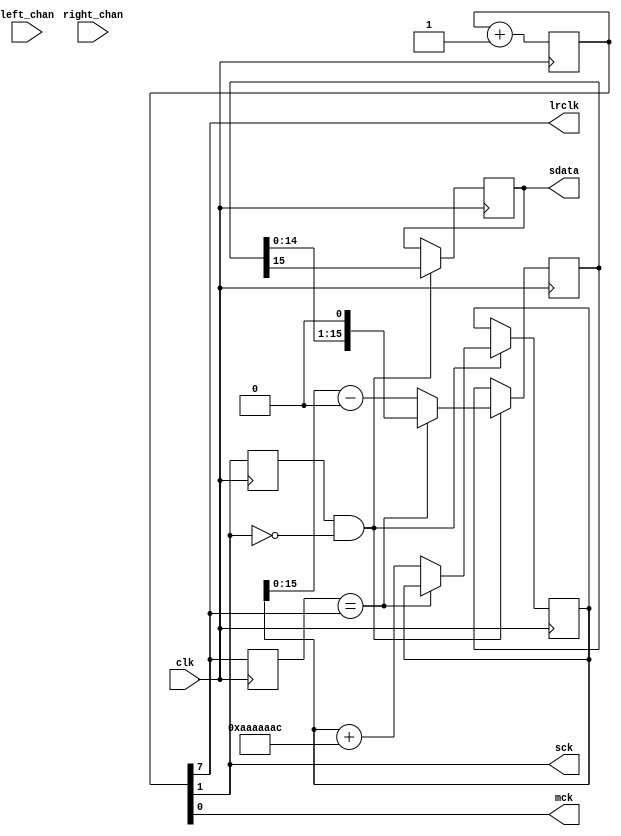
module i2s_tx #(parameter DATA_WIDTH = 16
				) (clk, left_chan, right_chan, sdata, lrclk, mck, sck);

input wire clk; //general clock of project (top level) 50 MHz

input wire [DATA_WIDTH-1:0] left_chan;
input wire [DATA_WIDTH-1:0] right_chan;
output reg sdata; initial sdata <= 1'b0;

//output reg mck; initial mck <= 1'b0; 
output wire mck, sck, lrclk;
reg [9:0]  mck_div; initial mck_div<=10'd0;
/*    50 
  - 
 0 - 25.000.000
 1 - 12.500.000
 2 -  6.250.000
 3 -  3.125.000
 4 -  1.562.500
 5 -    781.250
 6 -    390.625
 7 -    195.312.5
 8 -     97.656.25
 9 -     48.828.125

*/


parameter LR_BIT = 7; // 9 for 48 khz; 7 for 195 khz
parameter SCK_BIT = LR_BIT - 6; // lr*64
parameter MCK_BIT = 0;


assign mck   = mck_div[MCK_BIT];
assign lrclk = mck_div[LR_BIT];
assign sck   = mck_div[SCK_BIT];

reg lrclk_prev; initial lrclk_prev <= 1'b1;
wire lrclk_change = ~(lrclk_prev == lrclk);
reg [DATA_WIDTH-1:0] ch_data; initial ch_data <= {DATA_WIDTH{1'b0}};
reg sck_prev; initial sck_prev <= 1'b0;
wire sck_neg = (sck_prev==1'b1 && sck==1'b0);

reg [31:0] fake_data; initial fake_data <= 32'd0;
wire [31:0] sgnd_data = fake_data - 32'b10000000000000000000000000000000;//saw
//wire [31:0] sgnd_data = (fake_data[31]) ? 32'h00000000 - 32'b10000000000000000000000000000000 : 32'hffffffff - 32'b10000000000000000000000000000000;

always @(posedge clk) begin
	mck_div <= mck_div + 1'b1;
	lrclk_prev <= lrclk;
	sck_prev <= sck;
	
	if (sck_neg) begin
		if (lrclk_change) begin
			//ch_data <= (lrclk) ? left_chan : right_chan;
			ch_data <= sgnd_data;
			//fake_data <= fake_data + 32'd44739243; //195 khz -> 4000 hz
			//fake_data <= fake_data + 32'd11184811; //195khz -> 1000 hz
			fake_data <= fake_data + 32'd178956972; //48 khz -> 4000 hz			
		end else begin
			ch_data <= ch_data << 1;
		end
		sdata <= ch_data[DATA_WIDTH-1];
	end
	
	
end

endmodule